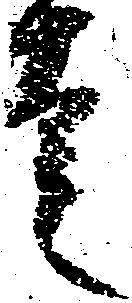
走